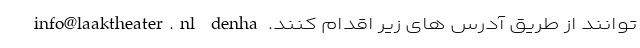
توانند از طریق آدرس های زیر اقدام کنند. info@laaktheater.nl denha